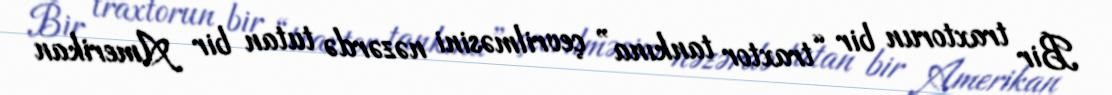
Bir traxtorun bir “traxtor tankına” çevrilməsini nəzərdə tutan bir Amerikan